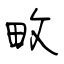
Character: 畋